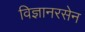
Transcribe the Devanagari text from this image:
विज्ञानरसेन